Leaving Certificate Examination, 1919, 1919
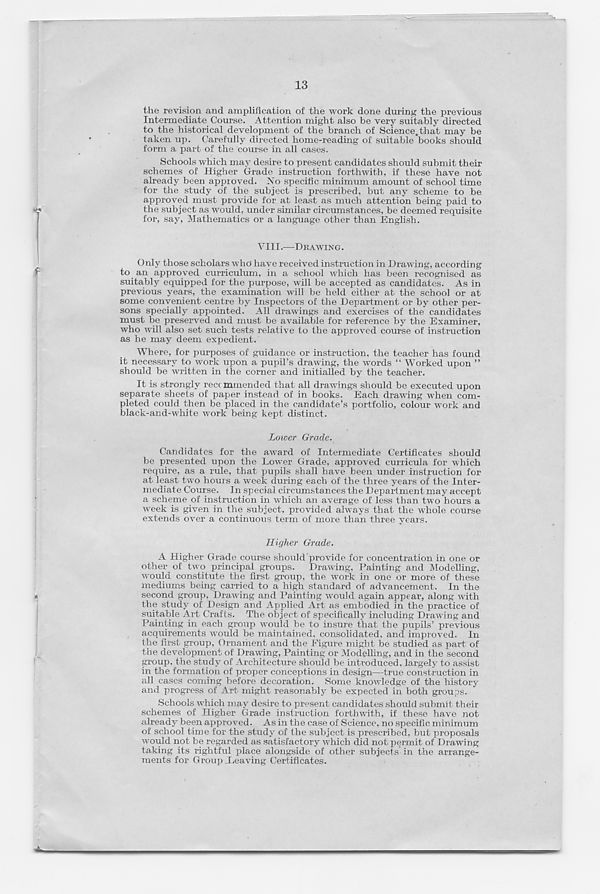
13
the revision and amplification of the work done during the previous
Intermediate Course. Attention might also be very suitably directed
to the historical development of the branch of Science.that may be
taken up. Carefully directed home-reading of suitable books should
form a part of the course in all cases.
Schools which may desire to present candidates should submit their
schemes of Higher Grade instruction forthwith, if these have not
already been approved. No specific minimum amount of school time
for the study of the subject is prescribed, but any scheme to be
approved must provide for at least as much attention being paid to
the subject as would, under similar circumstances, be deemed requisite
for, say, Mathematics or a language other than English.
VIII.—DRAWING.
Only those scholars who have received instruction in Drawing, according
to an approved curriculum, in a school which has been recognised as
suitably equipped for the purpose, will be accepted as candidates. As in
previous years, the examination will be held either at the school or at
some convenient centre by Inspectors of the Department or by other per-
sons specially appointed. All drawings and exercises of the candidates
must be preserved and must be available for reference by the Examiner,
who will also set such tests relative to the approved course of instruction
as he may deem expedient.
Where, for purposes of guidance or instruction, the teacher has found
it necessary to work upon a pupil’s drawing, the words “ Worked upon ”
should be written in the corner and initialled by the teacher.
It is strongly reccmmended that all drawings should be executed upon
separate sheets of paper instead of in books. Each drawing when com-
pleted could then be placed in the candidate’s portfolio, colour work and
black-and-white work being kept distinct.
Lower Grade.
Candidates for the award of Intermediate Certificates should
be presented upon the Lower Grade, approved curricula for which
require, as a rule, that pupils shall have been under instruction for
at least tw r o hours a week during each of the three years of the Inter-
mediate Course. In special circumstances the Department may accept
a scheme of instruction in which an average of less than two hours a
week is given in the subject, provided always that the whole course
extends over a continuous term of more than three years.
Higher Grade.
A Higher Grade course should provide for concentration in one or
other of two principal groups.
Drawing, Painting and Modelling,
would constitute the first group, the work in one or more of these
mediums being carried to a high standard of advancement. In the
second group, Drawing and Painting would again appear, along with
the study of Design and Applied Art as embodied in the practice of
suitable Art Crafts. The object of specifically including Drawing and
Painting in each group would be to insure that the pupils’ previous
acquirements w T ould be maintained, consolidated, and improved. In
the first group, Ornament and the Figure might be studied as part of
th e development of Drawing, Painting or Modelling, and in the second
group, the study of Architecture should be introduced, largely to assist
in the formation of proper conceptions in design—true construction in
all cases coming before decoration. Some knowledge of the history
and progress of Art might reasonably be expected in both groups.
Schools which may desire to present candidates should submit their
schemes of Higher Grade instruction forthwith, if these have not
already been approved. As in the case of Science, no specific minimum
of school time for the study of the subject is prescribed, but proposals
would not be regarded as satisfactory which did not permit of Drawing
taking its rightful place alongside of other subjects in the arrange-
ments for Group .Leaving Certificates.